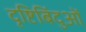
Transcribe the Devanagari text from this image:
दृष्टिबिंदुओं